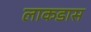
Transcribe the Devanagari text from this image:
लाकडास